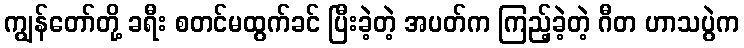
ကျွန်တော်တို့ ခရီး စတင်မထွက်ခင် ပြီးခဲ့တဲ့ အပတ်က ကြည့်ခဲ့တဲ့ ဂီတ ဟာသပွဲက